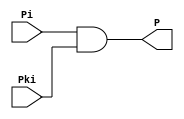
`timescale 1ns / 1ps

module carry_prop (
	input wire Pi, Pki,
	output wire P
);

	and (P, Pi, Pki);

endmodule